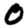
Digit: 0